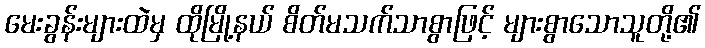
မေးခွန်းများထဲမှ ထိုမြို့နယ် စိတ်မသက်သာစွာဖြင့် များစွာသောသူတို့၏